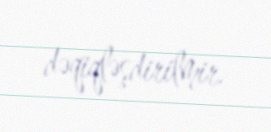
dəqiqləşdirilmir.